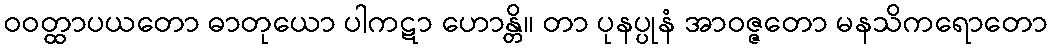
ဝဝတ္ထာပယတော ဓာတုယော ပါကဋာ ဟောန္တိ။ တာ ပုနပ္ပုနံ အာဝဇ္ဇတော မနသိကရောတော